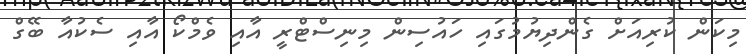
މިކަން ކުރިއަށް ގެންދިޔުމުގައި ހައުސިން މިނިސްޓްރީ އާއި ވެމްކޯ އާއި ސެކުއާ ބޭގް